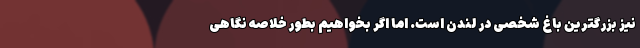
نیز بزرگترین باغ شخصی در لندن است. اما اگر بخواهیم بطور خلاصه نگاهی